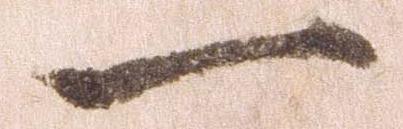
一